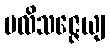
ပလိသဇ္ဇေယျ